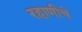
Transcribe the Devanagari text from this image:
रहाणीचे